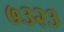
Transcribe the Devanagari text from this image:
७३२३